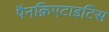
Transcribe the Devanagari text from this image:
पैनक्रिएटाइटिस